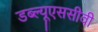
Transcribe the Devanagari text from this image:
डब्ल्यूएससीवी